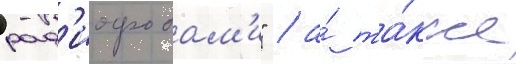
рад'иофобам'и" / а́ та́кже